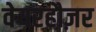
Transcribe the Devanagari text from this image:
वेयरहौज़र